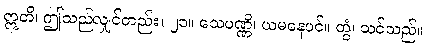
ဣတိ၊ ဤသည်လျှင်တည်း။ ၂၁။ သေပဏ္ဏိ၊ ယမနေပင်။ တွံ၊ သင်သည်။